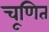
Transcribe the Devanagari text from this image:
चूणित